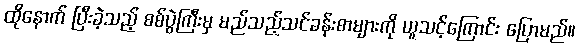
ထိုနောက် ပြီးခဲ့သည့် စစ်ပွဲကြီးမှ မည်သည့်သင်ခန်းစာများကို ယူသင့်ကြောင်း ပြောမည်။